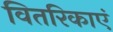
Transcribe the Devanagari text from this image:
वितरिकाएं